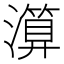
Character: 𤀤